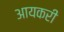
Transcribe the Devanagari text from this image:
आयकरी